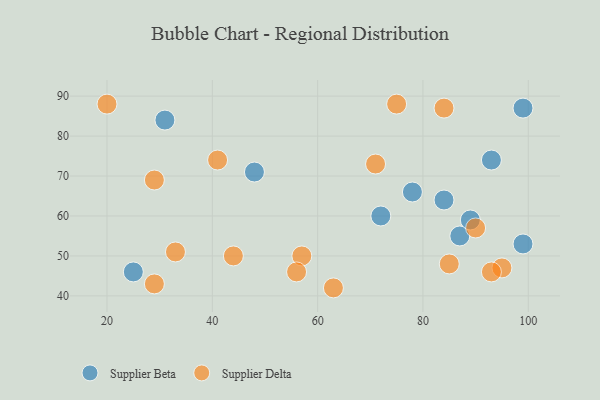
{"axis": {"x": "GDP", "y": "Life Expectancy"}, "legend": ["Supplier Beta", "Supplier Delta"], "data": [{"x": "99", "y": 53, "type": "Supplier Beta"}, {"x": "93", "y": 74, "type": "Supplier Beta"}, {"x": "48", "y": 71, "type": "Supplier Beta"}, {"x": "87", "y": 55, "type": "Supplier Beta"}, {"x": "25", "y": 46, "type": "Supplier Beta"}, {"x": "31", "y": 84, "type": "Supplier Beta"}, {"x": "99", "y": 87, "type": "Supplier Beta"}, {"x": "72", "y": 60, "type": "Supplier Beta"}, {"x": "84", "y": 64, "type": "Supplier Beta"}, {"x": "78", "y": 66, "type": "Supplier Beta"}, {"x": "89", "y": 59, "type": "Supplier Beta"}, {"x": "95", "y": 47, "type": "Supplier Delta"}, {"x": "29", "y": 43, "type": "Supplier Delta"}, {"x": "63", "y": 42, "type": "Supplier Delta"}, {"x": "44", "y": 50, "type": "Supplier Delta"}, {"x": "57", "y": 50, "type": "Supplier Delta"}, {"x": "56", "y": 46, "type": "Supplier Delta"}, {"x": "41", "y": 74, "type": "Supplier Delta"}, {"x": "84", "y": 87, "type": "Supplier Delta"}, {"x": "20", "y": 88, "type": "Supplier Delta"}, {"x": "33", "y": 51, "type": "Supplier Delta"}, {"x": "93", "y": 46, "type": "Supplier Delta"}, {"x": "85", "y": 48, "type": "Supplier Delta"}, {"x": "71", "y": 73, "type": "Supplier Delta"}, {"x": "75", "y": 88, "type": "Supplier Delta"}, {"x": "90", "y": 57, "type": "Supplier Delta"}, {"x": "29", "y": 69, "type": "Supplier Delta"}]}